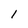
Character: 1